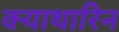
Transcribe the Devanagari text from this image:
क्याथारिन